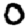
Digit: 0